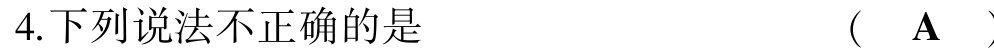
4.下列说法不正确的是  (  $\mathbf{A}$  )